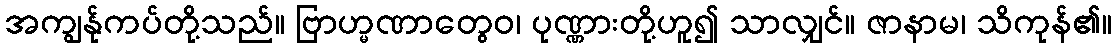
အကျွန်ုကပ်တို့သည်။ ဗြာဟ္မဏာတွေဝ၊ ပုဏ္ဏားတို့ဟူ၍ သာလျှင်။ ဇာနာမ၊ သိကုန်၏။